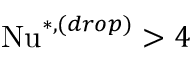
\mathrm { N u } ^ { * , ( d r o p ) } > 4